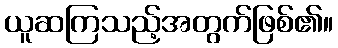
ယူဆကြသည့်အတွက်ဖြစ်၏။